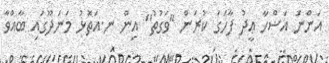
އަންނަ އަޟްހާ ޢީދު ފާހަގަ ކުރަން "ވަގުތު" އިން ނ.އަތޮޅު މަނަދޫގައި ބާއްވާ